Civil Veterinary Dept. Bombay admin report 1907-1913 - 1907-1913
Year: 1907
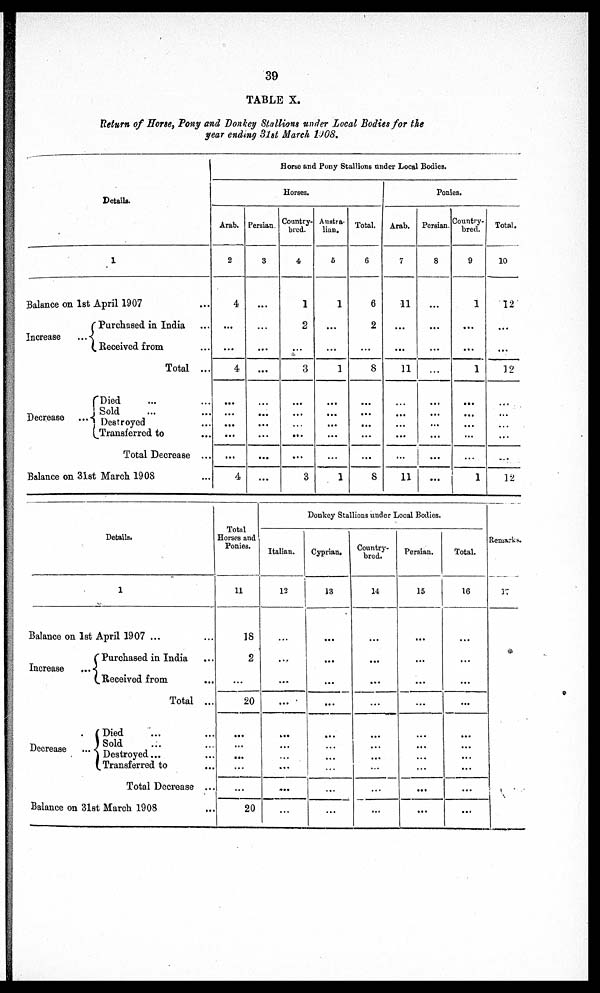
39
TABLE X.
Return of Horse, Pony and Donkey Stallions under Local Bodies for the
year ending 31st March 1908.
Details.
1
Balance on 1st April 1907
Increase
...
Purchased in India ...
Received from ...
Total ...
Decrease
Died ... ...
Sold ... ...
Destroyed ...
Transferred to ...
Total Decrease ...
Balance on 31st March 1908 ...
Horse and Pony Stallions under Local Bodies.
Horses.
Arab.
2
4
...
...
4
...
...
...
...
4
Persian.
3
...
...
...
...
...
...
...
...
...
...
Country-
bred.
4
1
2
...
3
...
...
...
...
3
Austra-
lian.
6
1
...
...
1
...
...
...
...
1
Total.
6
6
2
...
8
...
...
...
...
...
8
Ponies.
Arab.
7
11
...
...
11
...
...
...
...
11
Persian.
8
...
...
...
...
...
...
...
...
...
Country-
bred.
9
1
...
...
1
...
...
...
...
1
Total.
10
12
...
...
32
...
...
...
...
12
Details.
1
Balance on 1st April 1907 ...
Increase
...
Purchased in India ...
Received from ...
Total ...
Decrease
Died ... ...
Sold ... ...
Destroyed ... ...
Transferred to ...
Total Decrease ...
Balance on 31st March 1908 ...
Total
Horses and
Ponies.
11
18
2
...
20
...
...
...
...
20
Donkey Stallions under Local Bodies.
Italian.
12
...
...
...
...
...
...
...
...
Cyprian.
18
...
...
...
...
...
...
...
...
...
Country-
bred.
14
...
...
...
...
...
...
...
...
...
Persian.
15
...
...
...
...
...
...
...
...
...
Total.
16
...
...
...
...
...
...
...
...
...
Remarks.
17